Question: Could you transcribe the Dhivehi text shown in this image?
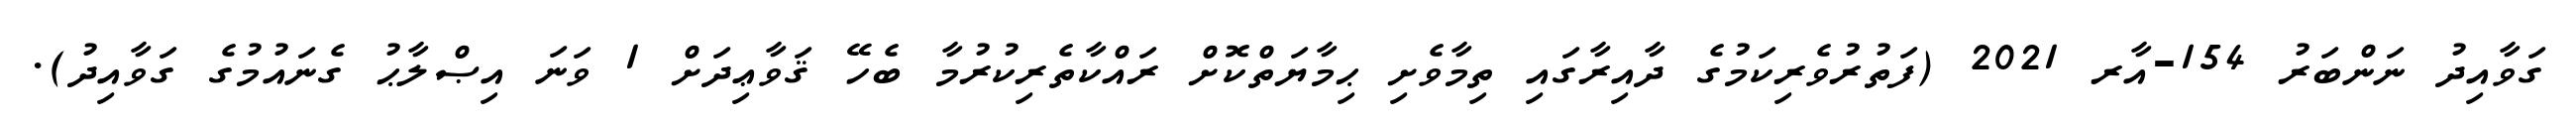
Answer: ގަވާއިދު ނަންބަރު 154-އާރ 2021 (ފަތުރުވެރިކަމުގެ ދާއިރާގައި ތިމާވެށި ޙިމާޔަތްކޮށް ރައްކާތެރިކުރުމާ ބެހޭ ޤަވާޢިދަށް 1 ވަނަ އިޞްލާޙު ގެނައުމުގެ ގަވާއިދު).